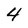
Character: 4